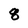
Character: 8